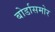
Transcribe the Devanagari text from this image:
बोर्डासमोर